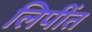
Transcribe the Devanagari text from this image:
लिपींत